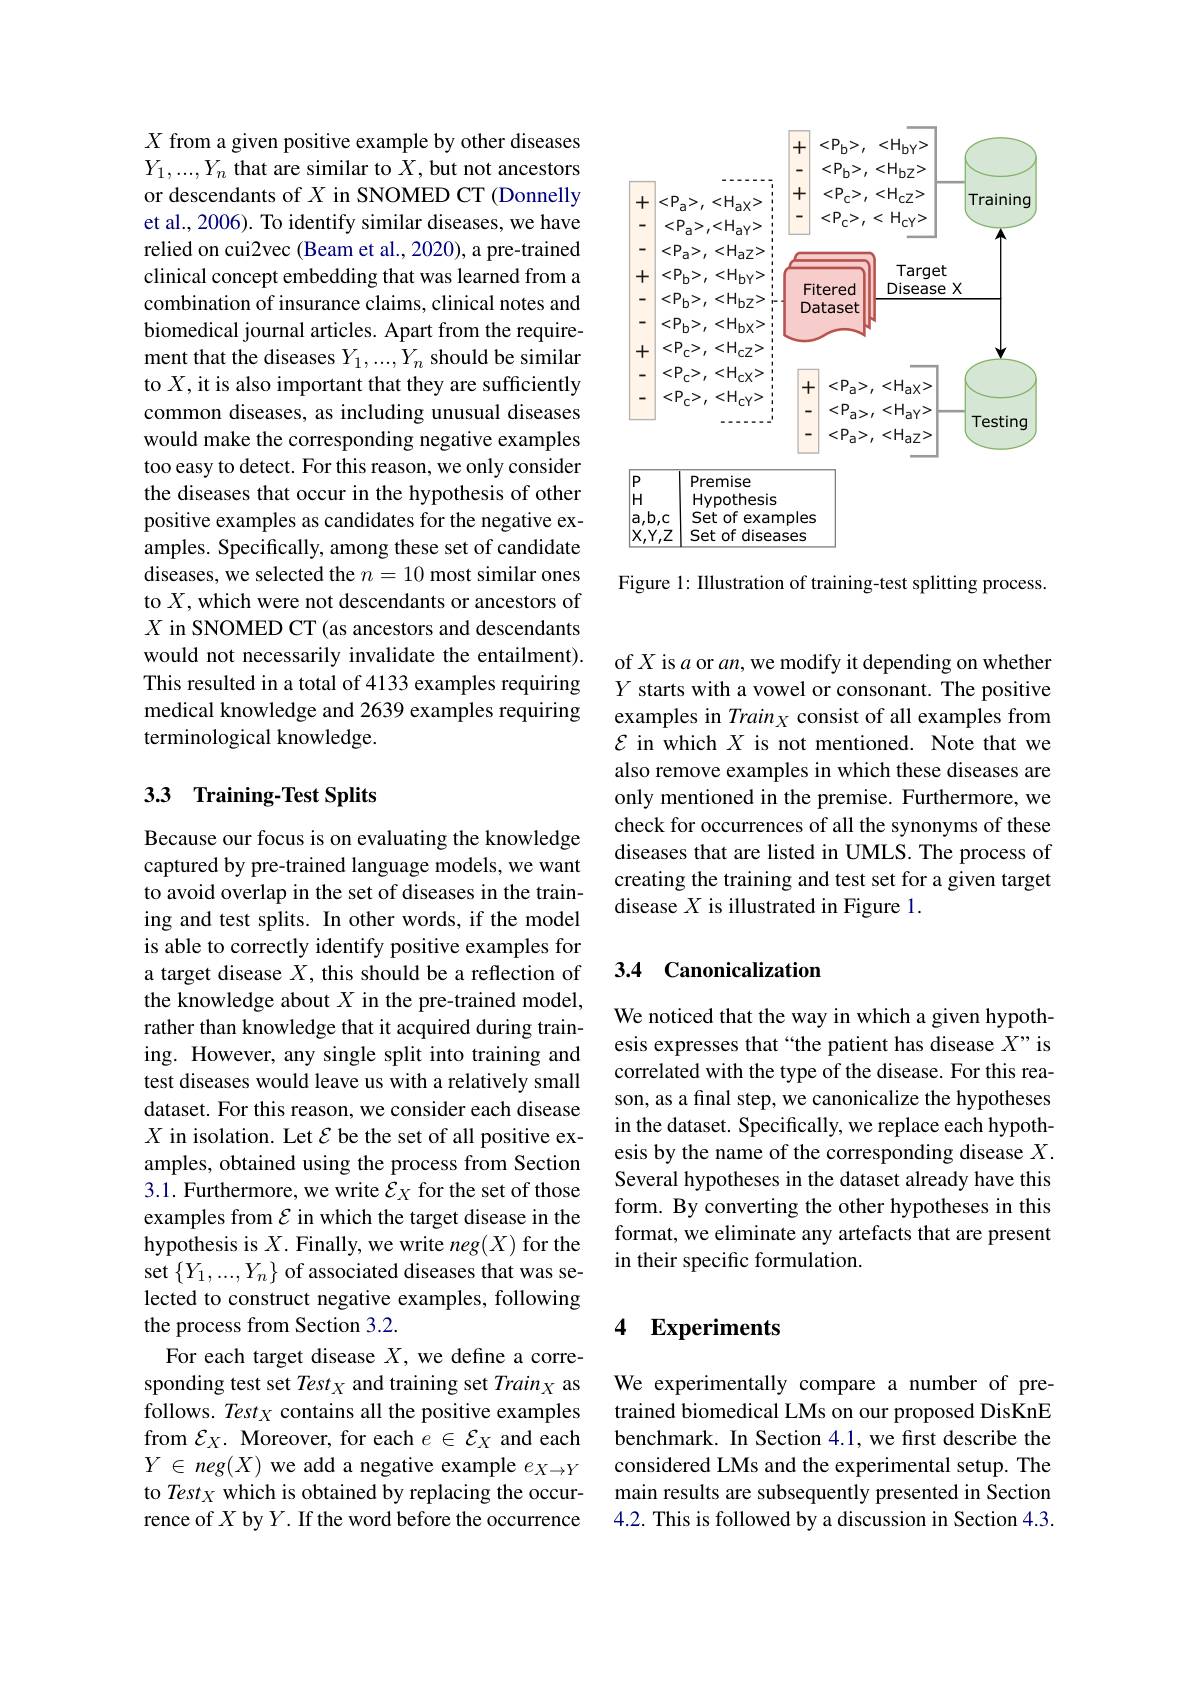
<FigureHere>

Figure 1: Illustration of training-test splitting process

$X$ from a given positive example by other diseases $Y_1,...,Y_n$ that are similar to $X$,but not ancestors or descendants of $X$ in SNOMED CT (Donnelly et al., 2006). To identify similar diseases, we have relied on cui2vec (Beam et al., 2020), a pre-trained clinical concept embedding that was learned from a combination of insurance claims, clinical notes and biomedical journal articles. Apart from the requirement that the diseases $Y_1,...,Y_n$ should be similar to $X$, it is also important that they are sufficiently common diseases, as including unusual diseases would make the corresponding negative examples too easy to detect. For this reason, we only consider the diseases that occur in the hypothesis of other positive examples as candidates for the negative examples. Specifically, among these set of candidate diseases, we selected the $n=10$ most similar ones to $X$,which were not descendants or ancestors of $X$ in SNOMED CT (as ancestors and descendants would not necessarily invalidate the entailment). This resulted in a total of 4133 examples requiring medical knowledge and 2639 examples requiring terminological knowledge.

## 33 Training-Test Splits

Because our focus is on evaluating the knowledge captured by pre-trained language models, we want to avoid overlap in the set of diseases in the training and test splits. In other words, if the model is able to correctly identify positive examples for a target disease $X$, this should be a reflection of the knowledge about $X$ in the pre-trained model, rather than knowledge that it acquired during training. However, any single split into training and test diseases would leave us with a relatively small dataset. For this reason, we consider each disease $X$ in isolation. Let $\mathcal{E}$ be the set of all positive examples, obtained using the process from Section 3.1. Furthermore, we write $\mathcal{E}_X$ for the set of those examples from $\mathcal{E}$ in which the target disease in the hypothesis is $X.$ Finally, we write $neg(X)$ for the set $\{Y_1,...,Y_n\}$ of associated diseases that was selected to construct negative examples, following the process from Section 3.2.
For each target disease $X$, we define a corresponding test set Test X and training set Train $_X$ as follows. Tes$t_X$ contains all the positive examples from $\mathcal{E}_X.$ Moreover, for each $e\in\mathcal{E}_X$ and each $Y\in$ neg$(X)$ we add a negative example $e_X\to Y$ to Test x which is obtained by replacing the occurrence of $X$ by $Y.$ If the word before the occurrence

of $X$ is $a$ or $an$,we modify it depending on whether $Y$ starts with a vowel or consonant. The positive examples in Train $_X$ consist of all examples from $\mathcal{E}$ in which $X$ is not mentioned. Note that we also remove examples in which these diseases are only mentioned in the premise. Furthermore, we check for occurrences of all the synonyms of these diseases that are listed in UMLS. The process of creating the training and test set for a given target disease $X$ is illustrated in Figure 1.

### 3.4 Canonicalization

We noticed that the way in which a given hypothesis expresses that “the patient has disease $X”$ is correlated with the type of the disease. For this reason, as a final step, we canonicalize the hypotheses in the dataset. Specifically, we replace each hypothesis by the name of the corresponding disease $X.$ Several hypotheses in the dataset already have this form. By converting the other hypotheses in this format, we eliminate any artefacts that are present in their specific formulation.

### 4 Experiments

We experimentally compare a number of pretrained biomedical LMs on our proposed DisKnE benchmark. In Section 4.1, we first describe the considered LMs and the experimental setup. The main results are subsequently presented in Section 4.2. This is followed by a discussion in Section 4.3.